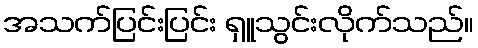
အသက်ပြင်းပြင်း ရှူသွင်းလိုက်သည်။